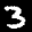
Label: 3